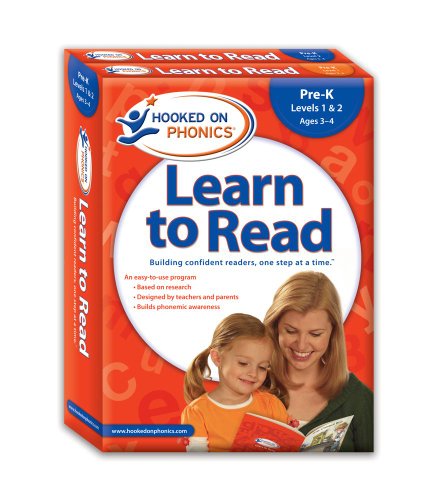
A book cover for Hooked on Phonics Learn to Read Pre-K Complete; Hooked On Phonics.; Children's Books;